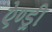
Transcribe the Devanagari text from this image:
ऐण्ड्री